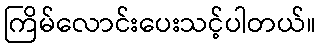
ကြိမ်လောင်းပေးသင့်ပါတယ်။